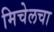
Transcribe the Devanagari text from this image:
मिचेलचा